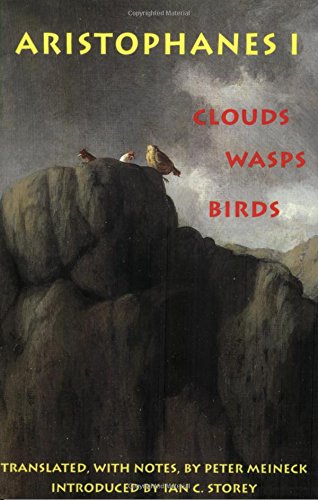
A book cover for Aristophanes 1: Clouds, Wasps, Birds (Hackett Classics); Aristophanes; Literature & Fiction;